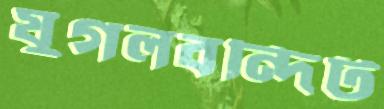
যুগলবন্দিট